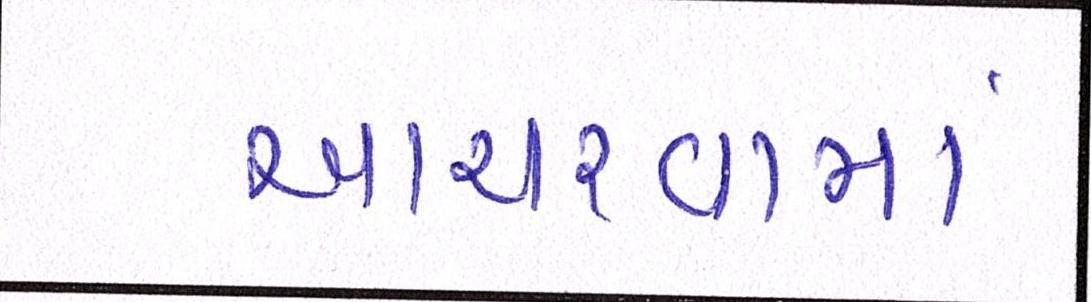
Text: આચરવામાં